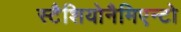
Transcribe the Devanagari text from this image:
स्टैशियोनैमिएन्टो